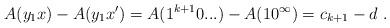
LaTeX: \begin{align*}A(y_1x) - A(y_1x') = A(1^{k+1}0...) - A(10^\infty) = c_{k+1} - d \ .\end{align*}